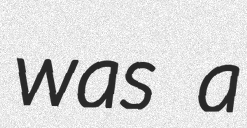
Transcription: was a